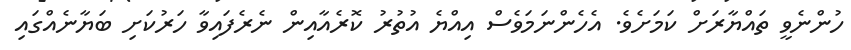
ހުންނެވީ ތައްޔާރަށް ކަމަށެވެ. އެހެންނަމަވެސް އިއްޔެ އުތުރު ކޮރެއާއިން ނެރެފައިވާ ހަރުކަށި ބަޔާނެއްގައި